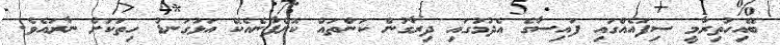
ބޭއިހުތިރާމީ ސިފައެއްގައި ފައިސާގެ އެދުމުގައި ދިރާގުން ކަންތައް ކޮށްފާނެއެކޭ އަޅުގަނޑު ހިތަކަށް ނާރައެވެ.